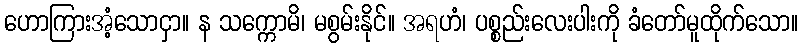
ဟောကြားအံ့သောငှာ။ န သက္ကောမိ၊ မစွမ်းနိုင်။ အရဟံ၊ ပစ္စည်းလေးပါးကို ခံတော်မူထိုက်သော။